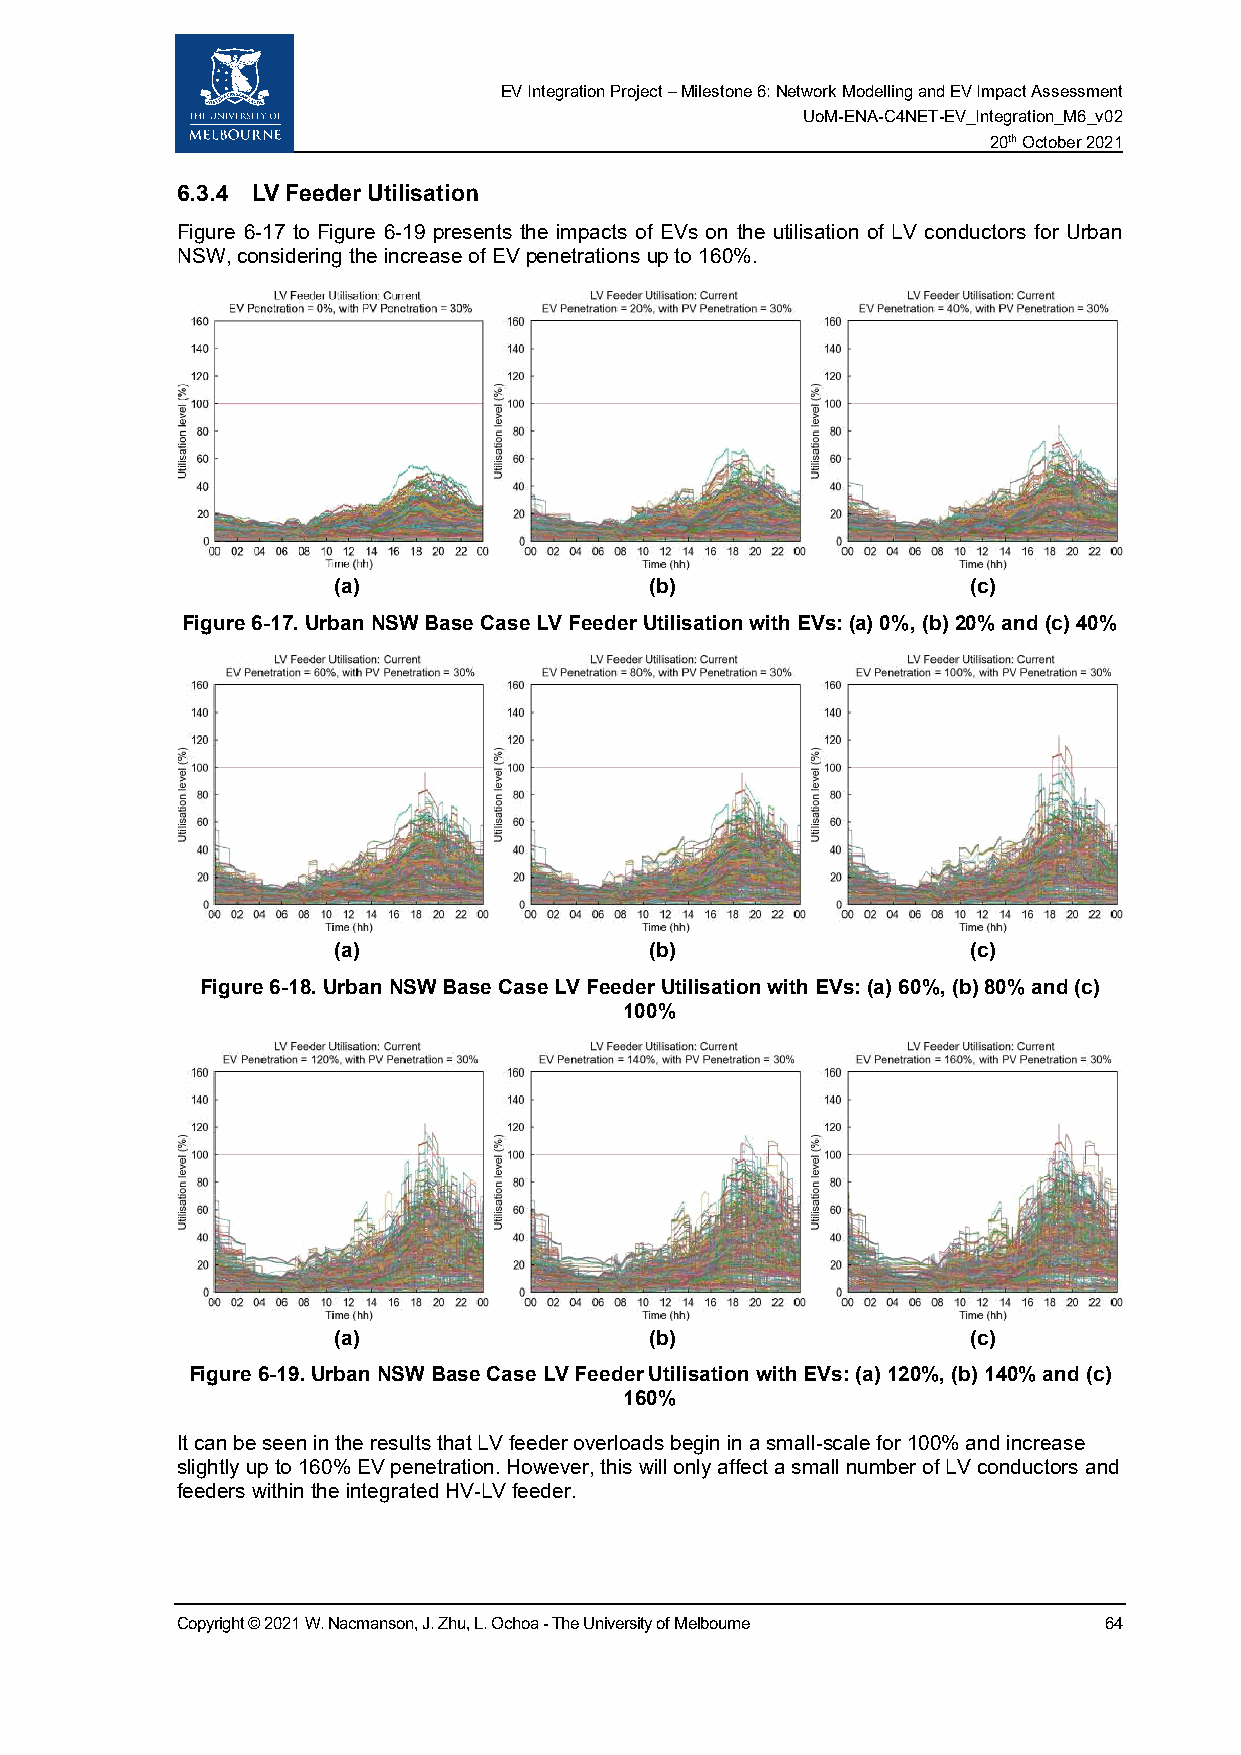
EV Integration Project – Milestone 6: Network Modelling and EV Impact Assessment
 UoM-ENA-C4NET-EV_Integration_M6_v02
 20th October 2021
 6.3.4 LV Feeder Utilisation
 Figure 6-17 to Figure 6-19 presents the impacts of EVs on the utilisation of LV conductors for Urban
 NSW, considering the increase of EV penetrations up to 160%.
 (a)                  (b)                  (c)
 Figure 6-17. Urban NSW Base Case LV Feeder Utilisation with EVs: (a) 0%, (b) 20% and (c) 40%
 (a)                  (b)                  (c)
 Figure 6-18. Urban NSW Base Case LV Feeder Utilisation with EVs: (a) 60%, (b) 80% and (c)
 100%
 (a)                  (b)                  (c)
 Figure 6-19. Urban NSW Base Case LV Feeder Utilisation with EVs: (a) 120%, (b) 140% and (c)
 160%
 It can be seen in the results that LV feeder overloads begin in a small-scale for 100% and increase
 slightly up to 160% EV penetration. However, this will only affect a small number of LV conductors and
 feeders within the integrated HV-LV feeder.
 Copyright © 2021 W. Nacmanson, J. Zhu, L. Ochoa - The University of Melbourne 64